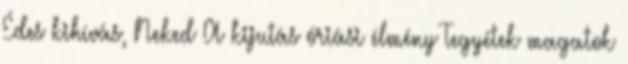
Édes kihívás, Neked A kijutás óriási élmény Tegyétek magatok